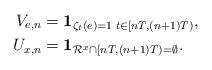
LaTeX: \begin{align*}V_{e,n}&={\bf 1}_{\zeta_t(e)=1\;t\in[nT,(n+1)T)},\\U_{x,n}&={\bf 1}_{\mathcal{R}^{x}\cap[nT,(n+1)T)=\emptyset}.\end{align*}